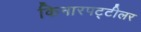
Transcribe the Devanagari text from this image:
किनारपट्टीलर